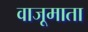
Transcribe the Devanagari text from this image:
वाजूमाता